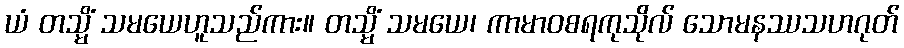
ယံ တသ္မိံ သမယေဟူသည်ကား။ တသ္မိံ သမယေ၊ ကာမာဝစရကုသိုလ် သောမနဿသဟဂုတ်